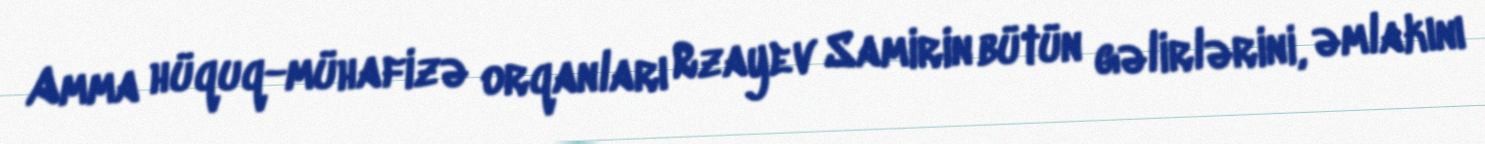
Amma hüquq-mühafizə orqanları Rzayev Samirin bütün gəlirlərini, əmlakını